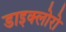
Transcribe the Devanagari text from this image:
डाइक्लोरो